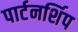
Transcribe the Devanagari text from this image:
पार्टनर्शिप